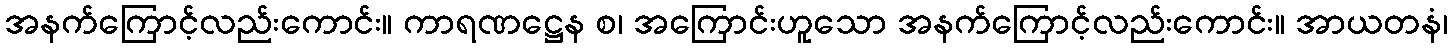
အနက်ကြောင့်လည်းကောင်း။ ကာရဏဋ္ဌေန စ၊ အကြောင်းဟူသော အနက်ကြောင့်လည်းကောင်း။ အာယတနံ၊